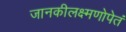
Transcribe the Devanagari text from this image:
जानकीलक्ष्मणोपेतं